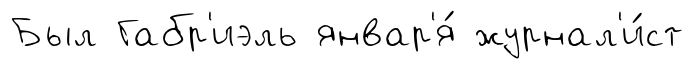
Был Габр'иэль январ'я́ журнал'и́ст